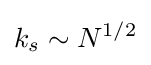
k_{s}\sim N^{1/2}